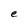
Character: e